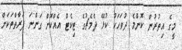
މީގެ އިތުރުން ކޮންމެ ދުވަހަކު ކުޅޭ ދެމެޗުގެ ޓިކެޓް އެއްކޮށް ގަންނަ ފަރާތްތަކަށް